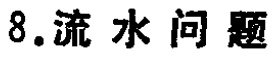
8.流水问题